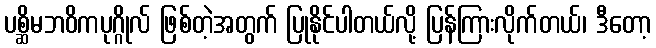
ပစ္ဆိမဘဝိကပုဂ္ဂိုလ် ဖြစ်တဲ့အတွက် ပြုနိုင်ပါတယ်လို့ ပြန်ကြားလိုက်တယ်၊ ဒီတော့